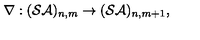
\nabla : ( { \cal S A } ) _ { n , m } \rightarrow ( { \cal S A } ) _ { n , m + 1 } ,